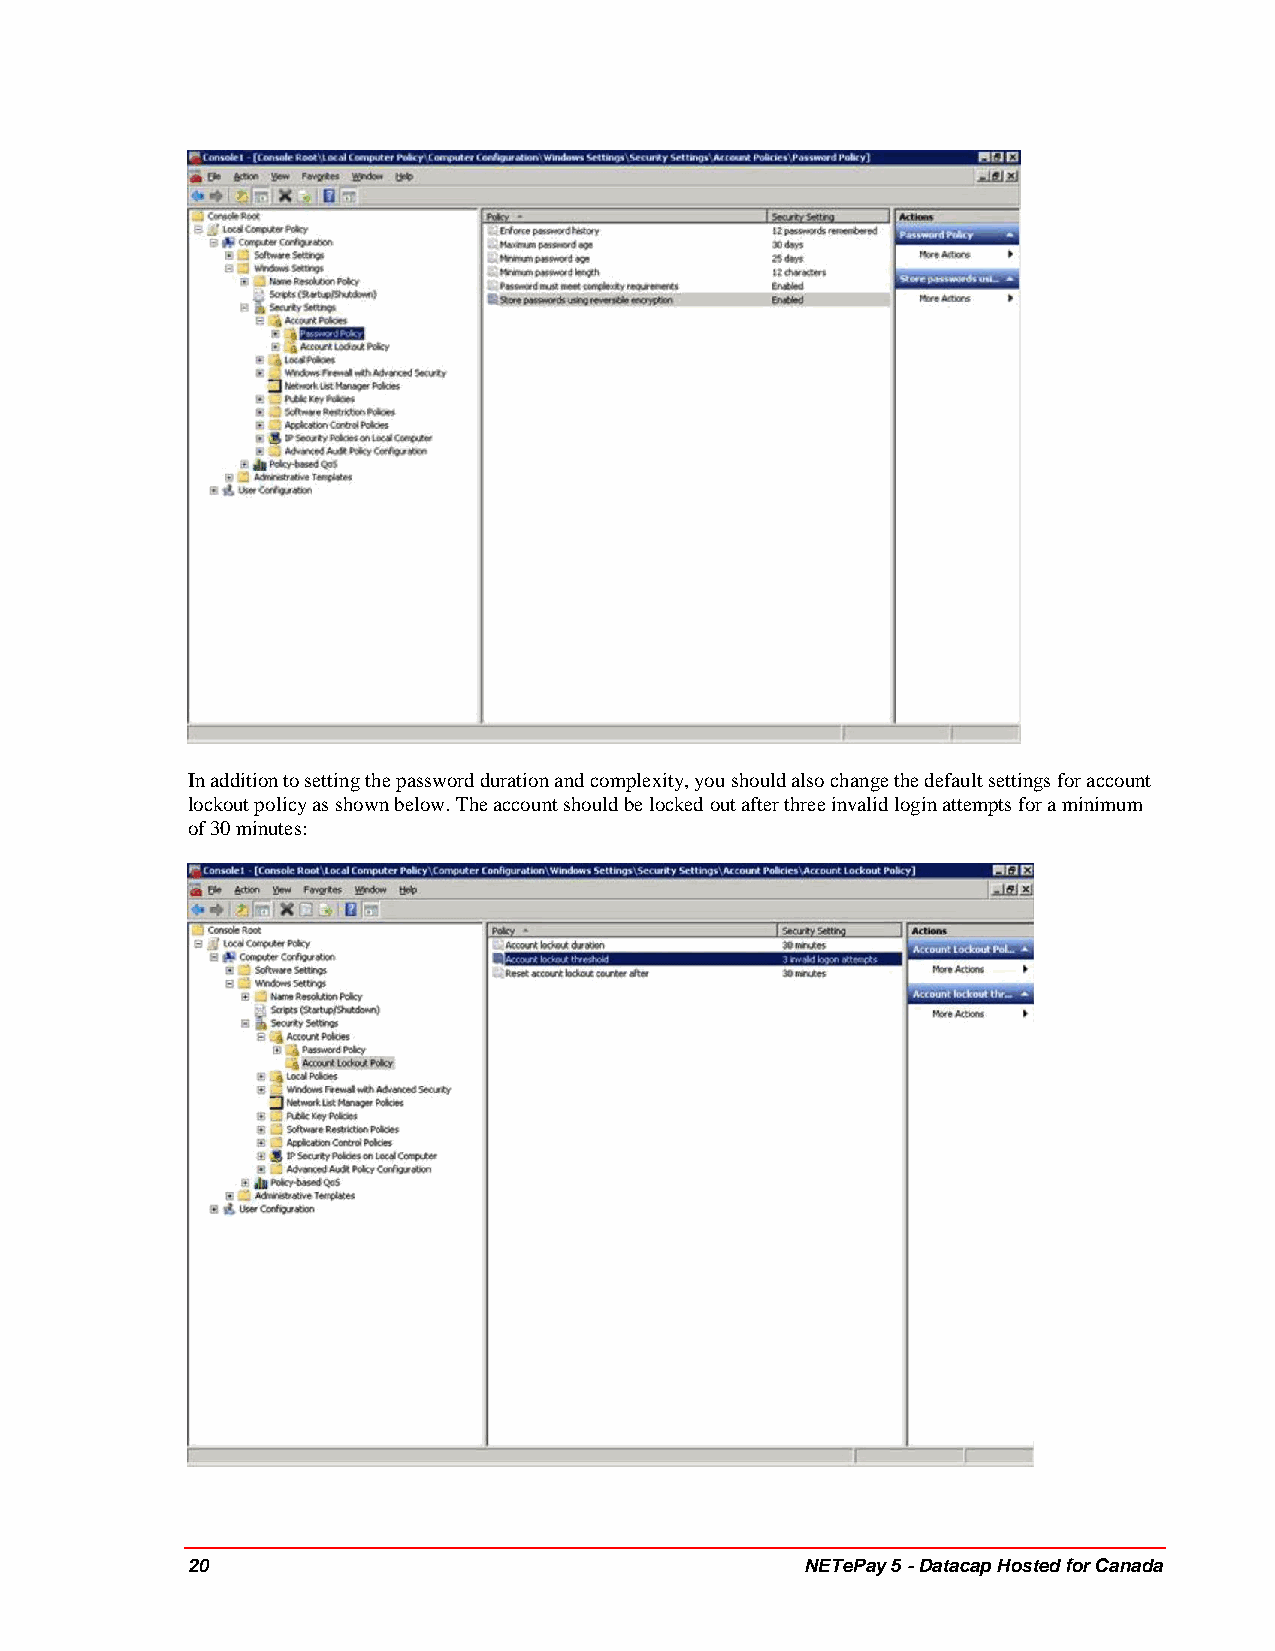
In addition to setting the password duration and complexity, you should also change the default settings for account
 lockout policy as shown below. The account should be locked out after three invalid login attempts for a minimum
 of 30 minutes:
 20                                       NETePay 5 - Datacap Hosted for Canada